Civil Veterinary Department Bihar & Orissa reports 1911-21 - 1911-1921
Year: 1911
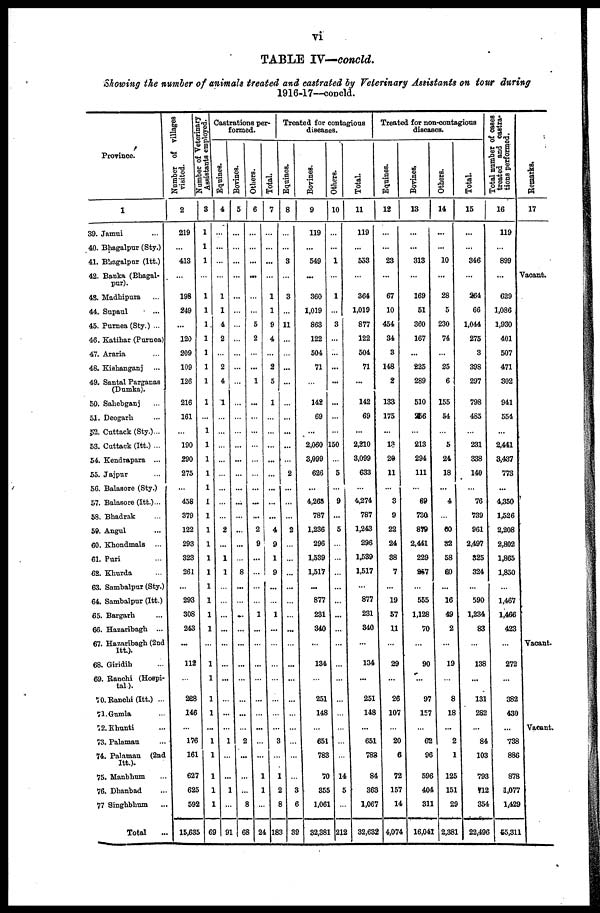
vi
TABLE IV—concld.
Showing the number of animals treated and castrated by Veterinary Assistants on tour during
1916-17—concld.
Province.
1
39. Jamui ...
40. Bhagalpur (Sty.)
41. Bhagalpur (Itt.)
42. Banka (Bhagal-
pur).
43. Madhipura ...
44. Supaul ...
45. Purnea (Sty.) ...
46. Katihar (Purnea)
47. Araria ...
48. Kishanganj ...
49. Santal Parganas
(Dumka).
50. Sahebganj ...
51. Deogarh ...
52. Cuttack (Sty.) ...
53. Cuttack (Itt.) ...
54. Kendrapara ...
55. Jaipur ...
56. Balasore (Sty.)
57. Balasore (Itt.) ...
58. Bhadrak ...
59. Angul ...
60. Khondmals ...
61. Pari
62. Khurda ...
63. Sambalpur (Sty.)
64. Sambalpur (Itt.)
65. Bargarh ...
66. Hazaribagb ...
67. Hazaribagh (2nd
Itt).
68. Giridih ...
69. Ranchi (Hospi-
tal).
70. Ranchi (Itt.) ...
71. Gumla ...
72. Khunti ...
73. Palamau ...
74. Palamau (2nd
Itt.).
75. Manbhum ...
76. Dhanbad ...
77 Singhbhum ...
Total...
Number of villages
visited.
2
219
...
413
...
198
249
...
120
209
109
126
216
161
...
190
290
275
...
458
379
122
293
323
261
293
308
243
...
112
...
228
146
...
176
161
627
625
592
15,635
Number or Veterinary
Assistants employed.
3
1
1
1
...
1
1
1
1
1
1
1
1
...
1
1
1
1
1
1
1
1
1
1
1
1
1
1
1
1
1
1
1
1
...
1
1
1
1
1
69
Castrations per-
formed.
Equines.
4
...
...
...
...
1
1
4
2
...
2
4
1
...
...
...
...
...
...
...
...
2
...
1
1
1
...
...
...
...
...
...
...
...
...
1
...
...
1
...
91
Bovines.
5
...
...
...
...
...
...
...
...
...
...
...
...
...
...
...
...
...
...
...
...
...
...
...
8
...
...
...
...
...
...
...
...
...
...
2
...
...
...
8
68
Others.
6
...
...
...
...
...
...
5
2
...
...
1
...
...
...
...
...
...
...
...
...
2
9
...
...
...
...
1
...
...
...
...
...
...
...
...
...
1
1
...
24
Total.
7
...
...
...
...
1
1
9
4
...
2
5
1
...
...
...
...
...
...
...
...
4
9
1
9
...
...
1
...
...
...
...
...
...
...
3
...
1
2
8
183
Treated for contagious
diseases.
Equines.
8
...
...
3
...
3
...
11
...
...
...
...
...
...
...
...
...
2
...
...
...
2
...
...
...
...
...
...
...
...
...
...
...
...
...
...
...
...
3
6
32
Bovines.
9
119
...
549
...
360
1,019
863
122
504
71
...
142
69
...
2,060
3,099
626
...
4,265
787
1,236
296
1,539
1,517
...
877
231
340
...
134
...
251
148
...
651
783
70
855
1,061
32,381
Others.
10
...
...
1
...
1
3
...
...
...
...
...
...
...
150
...
5
...
9
...
5
...
...
...
...
...
...
...
...
...
...
...
...
...
...
...
14
5
...
215
Total.
11
119
...
553
...
364
1,019
877
122
504
71
...
142
69
...
2,210
3,099
633
...
4,274
787
1,243
296
1,539
1,517
...
877
231
340
...
134
...
251
148
...
651
788
84
368
1,067
32,632
Treated for non-contagious
diseases.
Equines.
12
...
...
23
...
67
10
454
34
3
148
2
133
175
...
1?
29
11
...
3
9
22
24
38
7
...
19
57
11
...
29
...
26
107
20
6
72
157
14
4,074
Bovines.
13
...
...
313
...
169
51
360
167
...
225
289
510
256
...
213
294
111
...
69
730
879
2,441
229
967
...
555
1,128
70
...
90
...
97
157
62
96
596
404
311
16,041
Others.
14
...
...
10
...
28
5
230
74
...
25
6
155
54
...
5
24
18
...
4
...
60
32
58
60
...
16
49
2
...
19
...
8
18
...
2
1
125
151
2C
2,381
Total.
15
...
...
346
...
264
66
1,044
275
3
398
297
798
485
...
231
338
140
...
76
739
961
2,497
325
324
...
590
1,234
83
...
138
...
131
282
84
103
793
712
354
22,496
Total number of cases
treated and castra-
tions performed.
16
119
...
899
...
629
1,086
1,930
401
507
471
302
941
554
...
2,441
3,437
773
...
4350
1,526
2,208
2,802
1,865
1,850
...
1,467
1,466
423
...
272
...
382
430
...
738
886
878
1,077
1,429
55,311
Remarks.
17
Vacant.
Vacant.
Vacant.